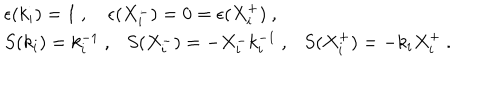
LaTeX: \begin{array} { l } { { \epsilon ( k _ { i } ) = 1 ~ , ~ \epsilon ( X _ { i } ^ { - } ) = 0 = \epsilon ( X _ { i } ^ { + } ) ~ , } } \\ { { S ( k _ { i } ) = k _ { i } ^ { - 1 } ~ , S ( X _ { i } ^ { - } ) = - X _ { i } ^ { - } k _ { i } ^ { - 1 } ~ , S ( X _ { i } ^ { + } ) = - k _ { i } X _ { i } ^ { + } ~ . } } \\ \end{array}